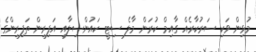
މުޅިން ވަކި ސަރުކާރެއް ގާއިމް ކުރަން މާލެ ސިޓީ ކައުންސިލާއި އަފިރިން ތަފިރިންގެ